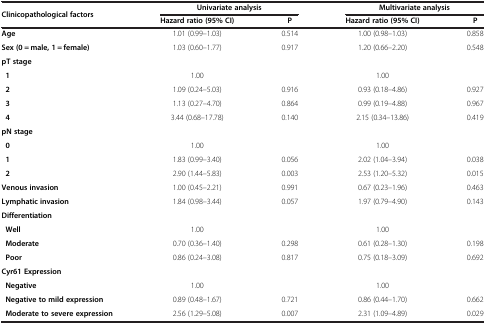
<table><thead><tr><td rowspan="2"><b>Clinicopathological factors</b></td><td colspan="2"><b>Univariate analysis</b></td><td colspan="2"><b>Multivariate analysis</b></td></tr><tr><td><b>Hazard ratio (95% CI)</b></td><td><b>P</b></td><td><b>Hazard ratio (95% CI)</b></td><td><b>P</b></td></tr></thead><tbody><tr><td><b>Age</b></td><td>1.01 (0.99–1.03)</td><td>0.514</td><td>1.00 (0.98–1.03)</td><td>0.858</td></tr><tr><td><b>Sex (0 = male, 1 = female)</b></td><td>1.03 (0.60–1.77)</td><td>0.917</td><td>1.20 (0.66–2.20)</td><td>0.548</td></tr><tr><td><b>pT stage</b></td><td colspan="2"> </td><td colspan="2"> </td></tr><tr><td> <b>1</b></td><td>1.00</td><td> </td><td>1.00</td><td> </td></tr><tr><td> <b>2</b></td><td>1.09 (0.24–5.03)</td><td>0.916</td><td>0.93 (0.18–4.86)</td><td>0.927</td></tr><tr><td> <b>3</b></td><td>1.13 (0.27–4.70)</td><td>0.864</td><td>0.99 (0.19–4.88)</td><td>0.967</td></tr><tr><td> <b>4</b></td><td>3.44 (0.68–17.78)</td><td>0.140</td><td>2.15 (0.34–13.86)</td><td>0.419</td></tr><tr><td><b>pN stage</b></td><td colspan="2"> </td><td colspan="2"> </td></tr><tr><td> <b>0</b></td><td>1.00</td><td> </td><td>1.00</td><td> </td></tr><tr><td> <b>1</b></td><td>1.83 (0.99–3.40)</td><td>0.056</td><td>2.02 (1.04–3.94)</td><td>0.038</td></tr><tr><td> <b>2</b></td><td>2.90 (1.44–5.83)</td><td>0.003</td><td>2.53 (1.20–5.32)</td><td>0.015</td></tr><tr><td><b>Venous invasion</b></td><td>1.00 (0.45–2.21)</td><td>0.991</td><td>0.67 (0.23–1.96)</td><td>0.463</td></tr><tr><td><b>Lymphatic invasion</b></td><td>1.84 (0.98–3.44)</td><td>0.057</td><td>1.97 (0.79–4.90)</td><td>0.143</td></tr><tr><td><b>Differentiation</b></td><td colspan="2"> </td><td colspan="2"> </td></tr><tr><td> <b>Well</b></td><td>1.00</td><td> </td><td>1.00</td><td> </td></tr><tr><td> <b>Moderate</b></td><td>0.70 (0.36–1.40)</td><td>0.298</td><td>0.61 (0.28–1.30)</td><td>0.198</td></tr><tr><td> <b>Poor</b></td><td>0.86 (0.24–3.08)</td><td>0.817</td><td>0.75 (0.18–3.09)</td><td>0.692</td></tr><tr><td><b>Cyr61 Expression</b></td><td colspan="2"> </td><td colspan="2"> </td></tr><tr><td> <b>Negative</b></td><td>1.00</td><td> </td><td>1.00</td><td> </td></tr><tr><td> <b>Negative to mild expression</b></td><td>0.89 (0.48–1.67)</td><td>0.721</td><td>0.86 (0.44–1.70)</td><td>0.662</td></tr><tr><td> <b>Moderate to severe expression</b></td><td>2.56 (1.29–5.08)</td><td>0.007</td><td>2.31 (1.09–4.89)</td><td>0.029</td></tr></tbody></table>